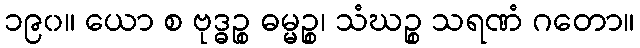
၁၉၀။ ယော စ ဗုဒ္ဓဉ္စ ဓမ္မဉ္စ၊ သံဃဉ္စ သရဏံ ဂတော။